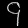
Digit: ၄